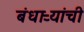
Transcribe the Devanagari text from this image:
बंधाऱ्यांची